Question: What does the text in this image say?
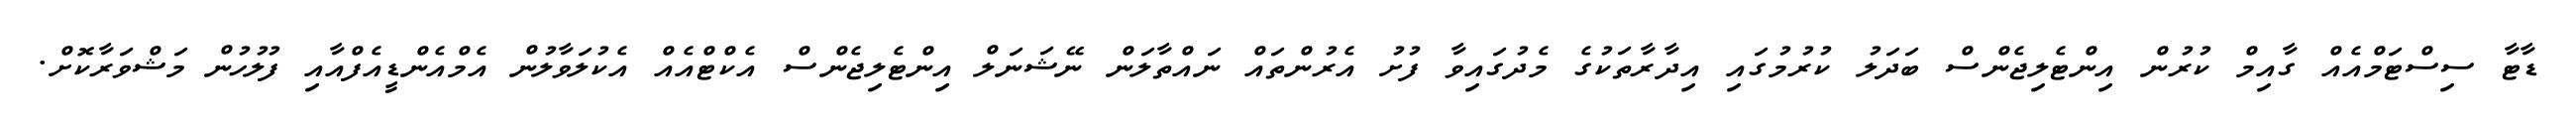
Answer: ޑާޓާ ސިސްޓަމްއެއް ގާއިމް ކުރުން އިންޓެލިޖެންސް ބަދަލު ކުރުމުގައި އިދާރާތަކުގެ މެދުގައިވާ ފުށު އެރުންތައް ނައްތާލަން ނޭޝަނަލް އިންޓެލިޖެންސް އެކްޓްއެއް އެކުލަވާލުން އެމްއެންޑީއެފްއާއި ފުލުހުން މަޝްވަރާކޮށް.